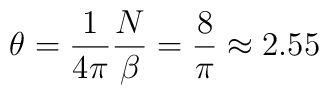
\theta= \frac{1}{4\pi} \frac{N}{\beta} = \frac{8}{\pi} \approx 2.55